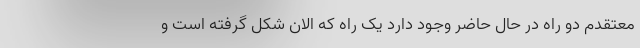
معتقدم دو راه در حال حاضر وجود دارد یک راه که الان شکل گرفته است و